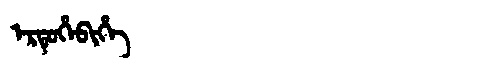
Manchu: ᡝᡵᡨᡠᡥᡝᠪᡳᡥᡝ
Romanization: ERTUHEBIHE